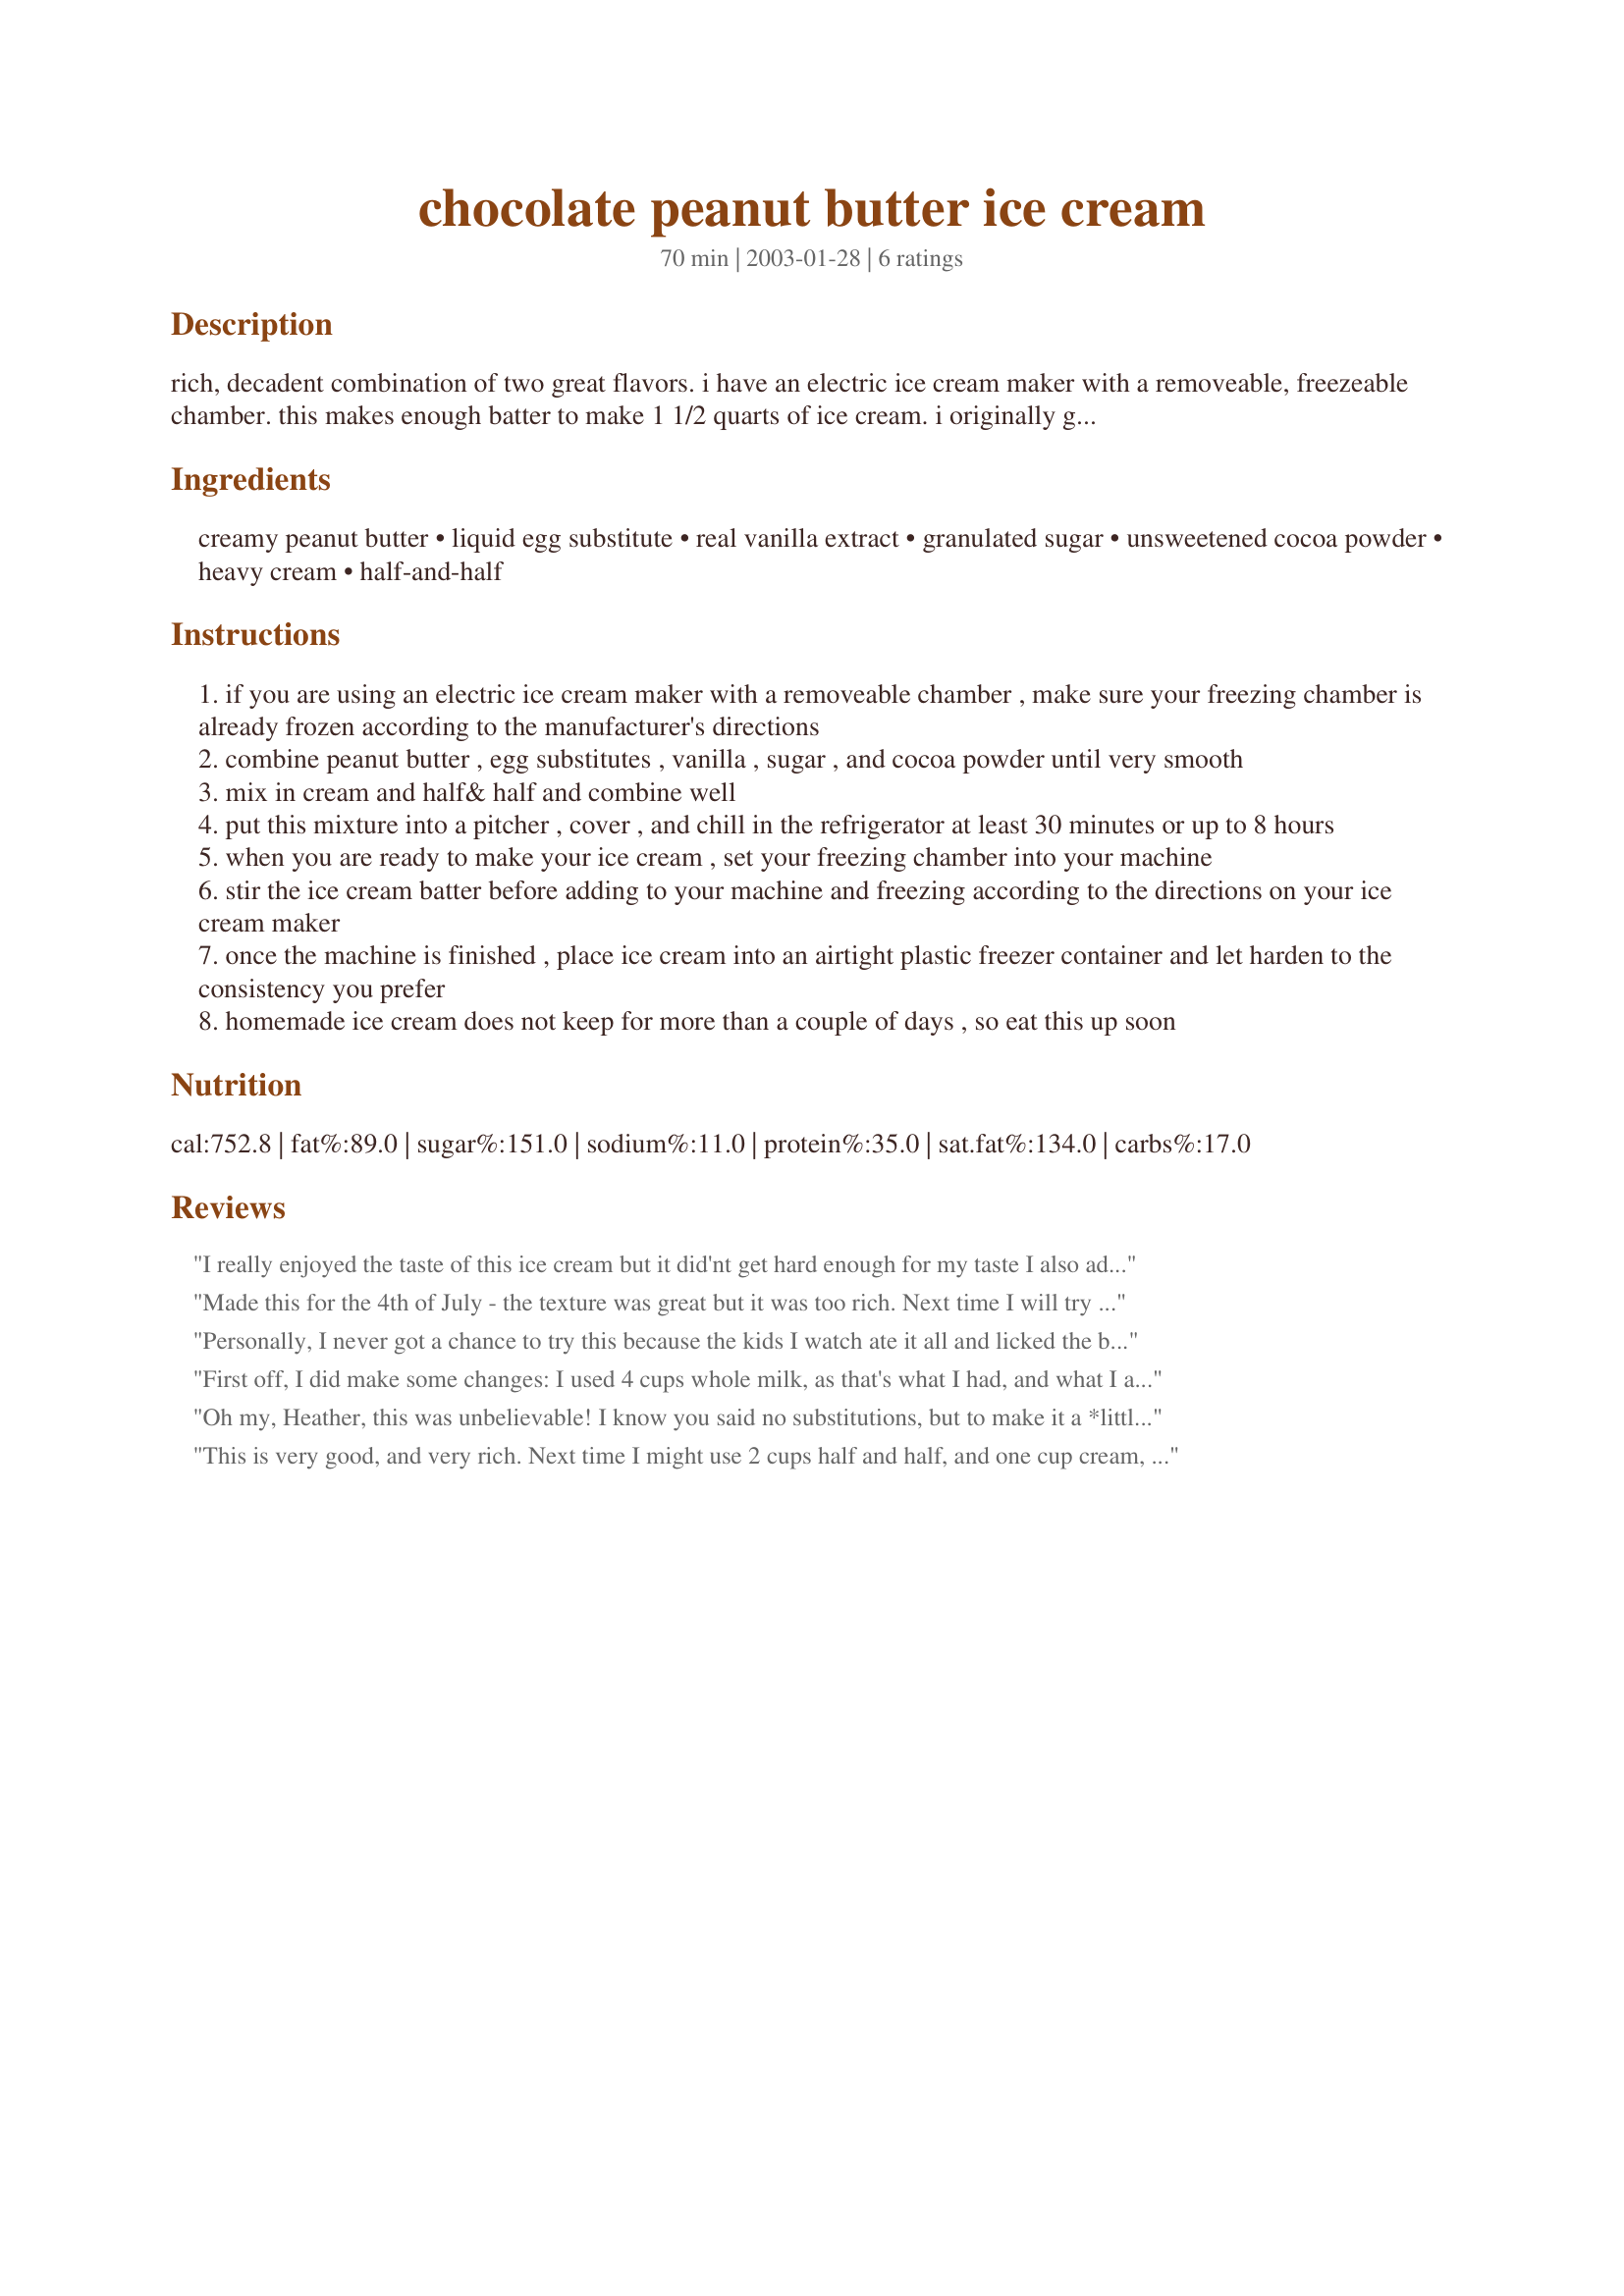
chocolate peanut butter ice cream
Preparation time: 70 minutes

rich, decadent combination of two great flavors. i have an electric ice cream maker with a removeable, freezeable chamber. this makes enough batter to make 1 1/2 quarts of ice cream. i originally got this recipe after writing to chef bob bowersox at qvc, after i saw him demonstrate this recipe. he very kindly sent me the recipe and i very kindly bought the machine. :) plan ahead - you need to have your freezer chamber ready to go and you will also need to pre-chill the batter in the fridge for at least 30 minutes prior to making ice cream. if you like your ice cream to be firm enough to scoop, then after freezing in the machine, you will need to put it in your regular freezer for a while to get harder. it is more of soft serve consistency when the machine completes its cycle.

Ingredients:
creamy peanut butter, liquid egg substitute, real vanilla extract, granulated sugar, unsweetened cocoa powder, heavy cream, half-and-half

Steps:
if you are using an electric ice cream maker with a removeable chamber , make sure your freezing chamber is already frozen according to the manufacturer's directions
combine peanut butter , egg substitutes , vanilla , sugar , and cocoa powder until very smooth
mix in cream and half& half and combine well
put this mixture into a pitcher , cover , and chill in the refrigerator at least 30 minutes or up to 8 hours
when you are ready to make your ice cream , set your freezing chamber into your machine
stir the ice cream batter before adding to your machine and freezing according to the directions on your ice cream maker
once the machine is finished , place ice cream into an airtight plastic freezer container and let harden to the consistency you prefer
homemade ice cream does not keep for more than a couple of days , so eat this up soon

Reviews:
I really enjoyed the taste of this ice cream but it did'nt get hard enough for my taste I also added some chopped peanut butter cups may after staying in the freezer over nite it will be more the way I like ice cream. The over all taste of this ice cream was very good thanks for sharing
Made this for the 4th of July - the texture was great but it was too rich. Next time I will try with 1/2 the cocoa & 1/2 the peanut butter and sub out half and half for the heavy cream.
Personally, I never got a chance to try this because the kids I watch ate it all and licked the bowl clean before I had a chance to sample it. They begged, and begged for me to make it again, so for me, it was simple to make and look delish. According to the kids, it's "the bestest ever". The kids said it tasted like ice cream "Reese's Candy".
First off, I did make some changes: I used 4 cups whole milk, as that's what I had, and what I always use for ice cream. Second, I used 2 raw, pastured eggs instead of the egg liquid.
I blended it all with my immersion blender and forgot to chill it before putting it into my pre-chilled ice cream machine. Even with that omission, it still turned out fine after a few hours in the freezer.
It's delicious, a perfect flavour combination of chocolate and peanut butter at just the right intensity.
I may reduce the sugar next time I make it, or simply use my natural peanut butter (it's unsweetened) to reduce the sugar content.
Oh my, Heather, this was unbelievable! I know you said no substitutions, but to make it a *little* healthier, I used half and half in place of the heavy cream and fat free half and half in place of the regular half and half! It was out of this world...rich and creamy! One suggestion...the peanut butter, cocoa, vanilla and sugar mixture was just about impossible to mix by hand...it turned out like a lump of play dough. Even more impossible was trying to combine that with the half and half. I pulled out the blender, dumped it all in and that problem disapeared! I can't describe how great this was...the whole family loved it and I will make it again and again! My husband said it was better than any ice cream we ever bought in a store. Thanks so much for posting!
This is very good, and very rich. Next time I might use 2 cups half and half, and one cup cream, other than that, it's great.
